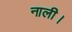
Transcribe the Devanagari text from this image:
नाली।